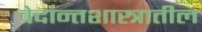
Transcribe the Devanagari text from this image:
वेदान्तशास्त्रातील